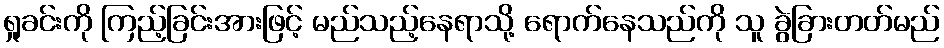
ရှုခင်းကို ကြည့်ခြင်းအားဖြင့် မည်သည့်နေရာသို့ ရောက်နေသည်ကို သူ ခွဲခြားတတ်မည်